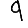
Digit: 9